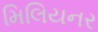
મિલિયનર